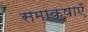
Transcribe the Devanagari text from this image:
समाक्षाएँ